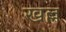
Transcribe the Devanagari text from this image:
खल्ल